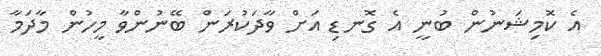
އެ ކޮމިޝަނުން ބުނީ އެ ގޮނޑި އަށް ވާދަކުރަން ބޭނުންވާ މީހުން މާދަމާ